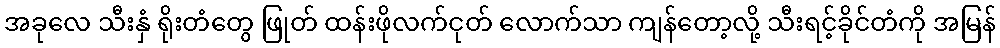
အခုလေ သီးနှံ ရိုးတံတွေ ဖြုတ် ထန်းဖိုလက်ငုတ် လောက်သာ ကျန်တော့လို့ သီးရင့်ခိုင်တံကို အမြန်